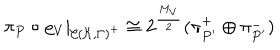
LaTeX: \pi _ { P } \circ \varrho _ { V } | _ { { \cal C } ( { \cal K } , \Gamma ) ^ { + } } \cong 2 ^ { \frac { M _ { V } } { 2 } } ( \pi _ { P ^ { \prime } } ^ { + } \oplus \pi _ { P ^ { \prime } } ^ { - } )